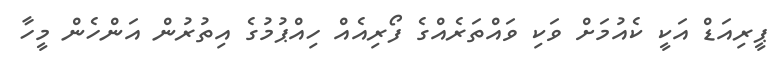
ޕީރިއަޑް އަކީ ކެއުމަށް ވަކި ވައްތަރެއްގެ ފޯރިއެއް ހިއްޕުމުގެ އިތުރުން އަންހެން މީހާ